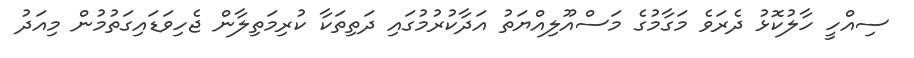
ސިއްހީ ހާލުކޮޅު ދެރަވެ މަގާމުގެ މަސްއޫލިއްޔަތު އަދާކުރުމުގައި ދަތިތަކާ ކުރިމަތިލާން ޖެހިވަޑައިގަތުމުން މިއަދު